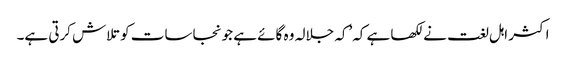
اکثر اہل لغت نے لکھا ہے کہ’کہ جلالہ وہ گائے ہے جو نجاسات کو تلاش کرتی ہے۔